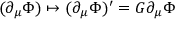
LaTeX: \ ( \partial _ { \mu } \Phi ) \mapsto ( \partial _ { \mu } \Phi ) ^ { \prime } = G \partial _ { \mu } \Phi